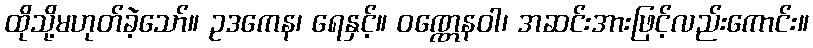
ထိုသို့မဟုတ်ခဲ့သော်။ ဥဒကေန၊ ရေနှင့်။ ဝဏ္ဏေနဝါ၊ အဆင်းအားဖြင့်လည်းကောင်း။